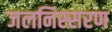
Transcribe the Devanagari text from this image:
जलनिस्सरण